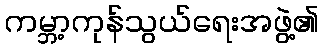
ကမ္ဘာ့ကုန်သွယ်ရေးအဖွဲ့၏